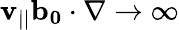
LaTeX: \mathbf{v}_{||}\mathbf{{b_{0}}}\cdot\nabla\to\infty